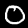
Label: 0